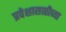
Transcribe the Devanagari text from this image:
प्रवेशासाठीच्या